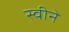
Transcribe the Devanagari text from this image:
स्वीने